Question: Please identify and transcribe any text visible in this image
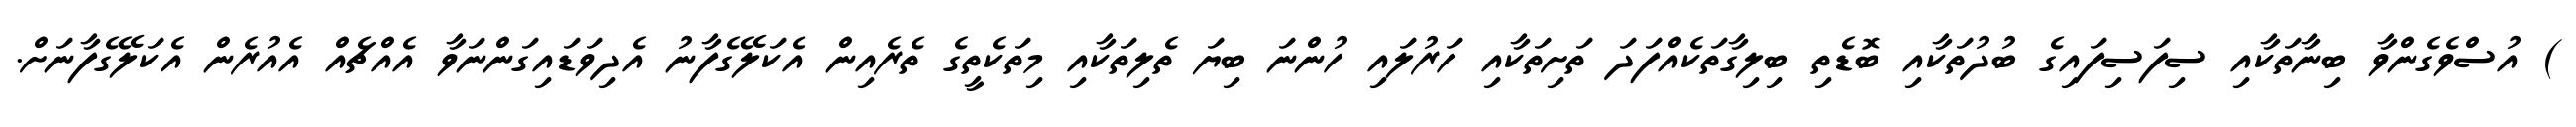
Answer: ) އުސްވެގެންވާ ބިނާތަކާއި ސިފަސިފައިގެ ބުދުތަކާއި ބޮޑެތި ބިލިގާތަކެއްފަދަ ތަށިތަކާއި ހަރުލައި ހުންނަ ބިޔަ ތެލިތަކާއި މިތަކެތީގެ ތެރެއިން އެކަލޭގެފާނު އެދިވަޑައިގަންނަވާ އެއްޗެއް އެއުރެން އެކަލޭގެފާނަށް.